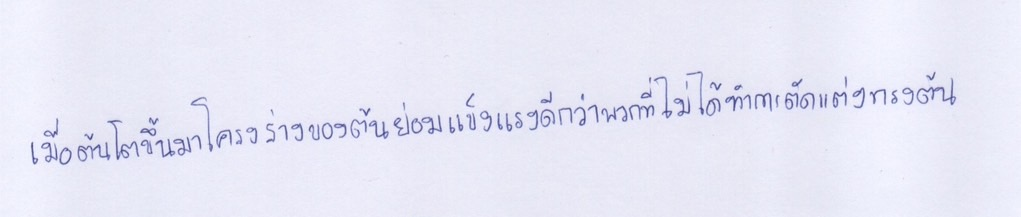
เมื่อต้นโตขึ้นมาโครงร่างของต้นย่อมแข็งแรงดีกว่าพวกที่ไม่ได้ทำการตัดแต่งทรงต้น